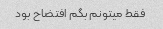
فقط میتونم بگم افتضاح بود